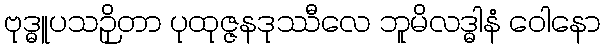
ဗုဒ္ဓူပသဉှိတာ ပုထုဇ္ဇနဒုဿီလေ ဘူမိလဒ္ဓါနံ ဝေါနော